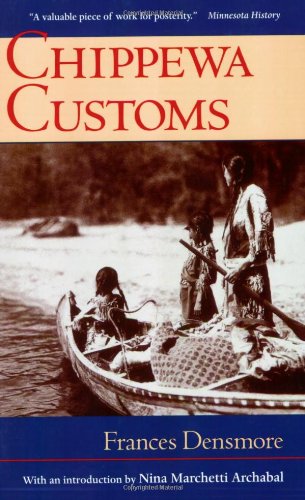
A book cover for Chippewa Customs (Publications of the Minnesota Historical Society); Frances Densmore; Literature & Fiction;